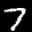
Label: 7